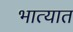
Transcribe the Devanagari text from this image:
भात्यात